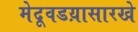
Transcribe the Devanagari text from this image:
मेदूवडय़ासारखे